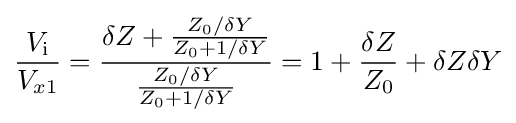
{\frac {V_{\mathrm {i} }}{V_{x1}}}={\frac {\delta Z+{\frac {Z_{0}/\delta Y}{Z_{0}+1/\delta Y}}}{\frac {Z_{0}/\delta Y}{Z_{0}+1/\delta Y}}}=1+{\frac {\delta Z}{Z_{0}}}+\delta Z\delta Y